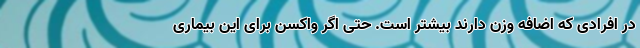
در افرادی که اضافه وزن دارند بیشتر است. حتی اگر واکسن برای این بیماری